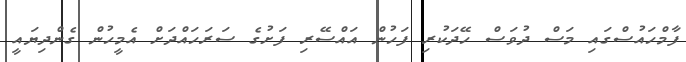
ފާމްހައުސްގައި މަސް ދުވަސް ހޭދަކުރި ފަހުން އައްސޭރި ފަށުގެ ސަރަހައްދަށް އެމީހުން ގެންދިޔައީ